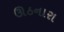
ઊઠનારા